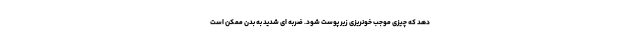
دهد که چیزی موجب خونریزی زیر پوست شود. ضربه ای شدید به بدن ممکن است